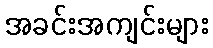
အခင်းအကျင်းများ